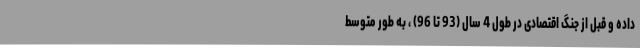
داده و قبل از جنگ اقتصادی در طول 4 سال (93 تا 96) ، به طور متوسط